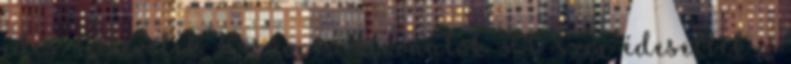
édes. A levelek 30-szor, a kivonatok 300-szor édesebbek a